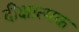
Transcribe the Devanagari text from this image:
दीक्षात्मक